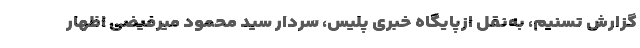
گزارش تسنیم، به‌نقل ازپایگاه خبری پلیس، سردار سید محمود میرفیضی اظهار